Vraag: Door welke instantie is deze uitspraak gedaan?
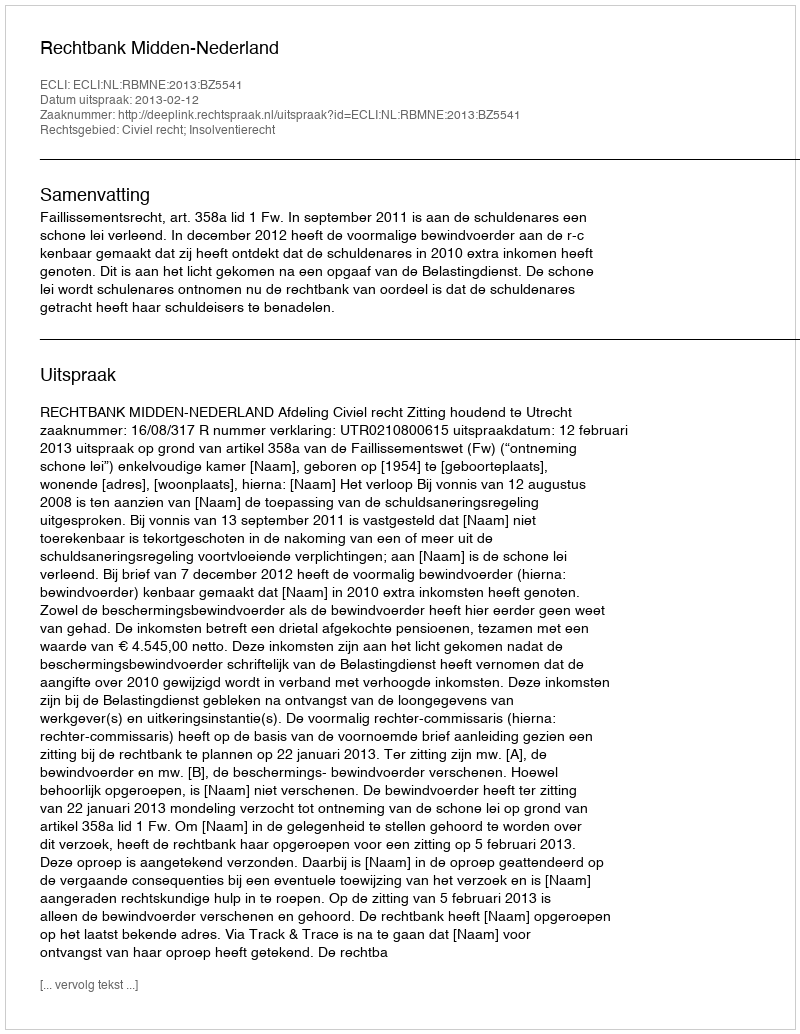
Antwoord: Rechtbank Midden-Nederland